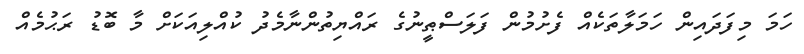
ހަމަ މިފަދައިން ހަމަލާތަކެއް ފެށުމުން ފަލަސްޠީނުގެ ރައްޔިތުންނާމެދު ކުއްލިއަކަށް މާ ބޮޑު ރަޙުމެއް